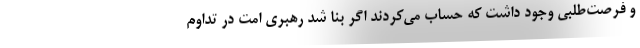
و فرصت‌طلبی وجود داشت که حساب می‌کردند اگر بنا شد رهبری امت در تداوم